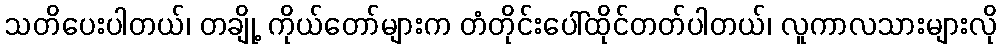
သတိပေးပါတယ်၊ တချို့ ကိုယ်တော်များက တံတိုင်းပေါ်ထိုင်တတ်ပါတယ်၊ လူကာလသားများလို